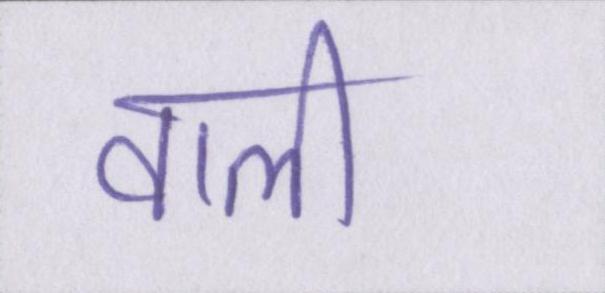
वाली